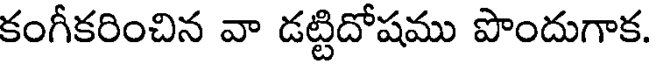
కంగీకరించిన వా డట్టిదోషము పొందుగాక.